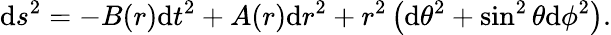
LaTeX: \mathrm{d}s^{2}=-B(r)\mathrm{d}t^{2}+A(r)\mathrm{d}r^{2}+r^{2}\left(\mathrm{d}\theta^{2}+\sin^{2}\theta\mathrm{d}\phi^{2}\right).